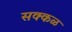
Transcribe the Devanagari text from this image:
सक्‍कळ